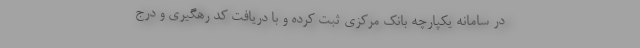
در سامانه یکپارچه بانک مرکزی ثبت کرده و با دریافت کد رهگیری و درج